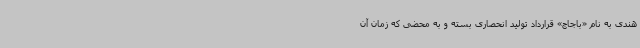
هندی به نام «باجاج» قرارداد تولید انحصاری بسته و به محضی که زمان آن